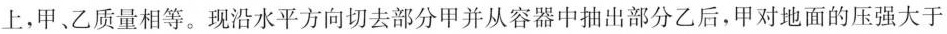
上，甲、乙质量相等。现沿水平方向切去部分甲并从容器中抽出部分乙后，甲对地面的压强大于